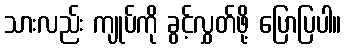
သားလည်း ကျုပ်ကို ခွင့်လွှတ်ဖို့ ပြောပြပါ။